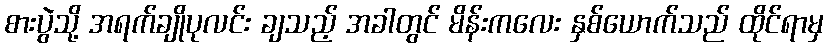
စားပွဲသို့ အရက်ချိုပုလင်း ချသည့် အခါတွင် မိန်းကလေး နှစ်ယောက်သည် ထိုင်ရာမှ